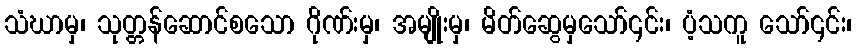
သံဃာမှ၊ သုတ္တန်ဆောင်စသော ဂိုဏ်းမှ၊ အမျိုးမှ၊ မိတ်ဆွေမှသော်၎င်း၊ ပံ့သကူ သော်၎င်း၊